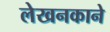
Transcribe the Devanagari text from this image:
लेखनकाने